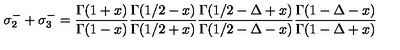
\sigma _ { 2 } ^ { - } + \sigma _ { 3 } ^ { - } = { \frac { \Gamma ( 1 + x ) } { \Gamma ( 1 - x ) } } { \frac { \Gamma ( 1 / 2 - x ) } { \Gamma ( 1 / 2 + x ) } } { \frac { \Gamma ( 1 / 2 - \Delta + x ) } { \Gamma ( 1 / 2 - \Delta - x ) } } { \frac { \Gamma ( 1 - \Delta - x ) } { \Gamma ( 1 - \Delta + x ) } }